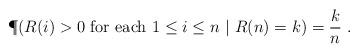
LaTeX: \begin{align*}\P(R(i)>0~\textrm{for each $1\leq i\leq n$}~|~R(n)=k)=\frac{k}{n}~.\end{align*}